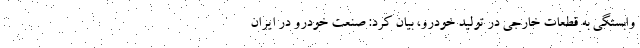
وابستگی به قطعات خارجی در تولید خودرو، بیان کرد: صنعت خودرو در ایران